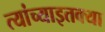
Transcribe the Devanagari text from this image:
त्यांच्याइतक्या